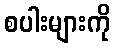
စပါးများကို